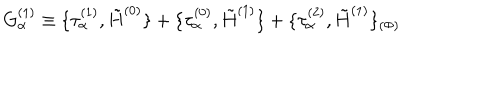
G _ { \alpha } ^ { ( 1 ) } \equiv \{ \tau _ { \alpha } ^ { ( 1 ) } , \tilde { H } ^ { ( 0 ) } \} + \{ \tau _ { \alpha } ^ { ( 0 ) } , \tilde { H } ^ { ( 1 ) } \} + \{ \tau _ { \alpha } ^ { ( 2 ) } , \tilde { H } ^ { ( 1 ) } \} _ { ( \Phi ) } \nonumber